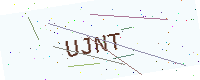
Text: UJNT